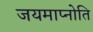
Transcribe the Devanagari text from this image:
जयमाप्नोति